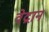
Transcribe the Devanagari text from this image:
वेद्रान